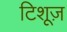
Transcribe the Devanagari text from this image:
टिशूज़